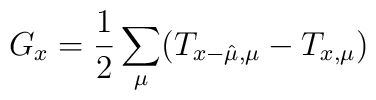
G_x = \frac{1}{2} \sum_\mu (T_{x-\hat\mu,\mu} - T_{x,\mu})